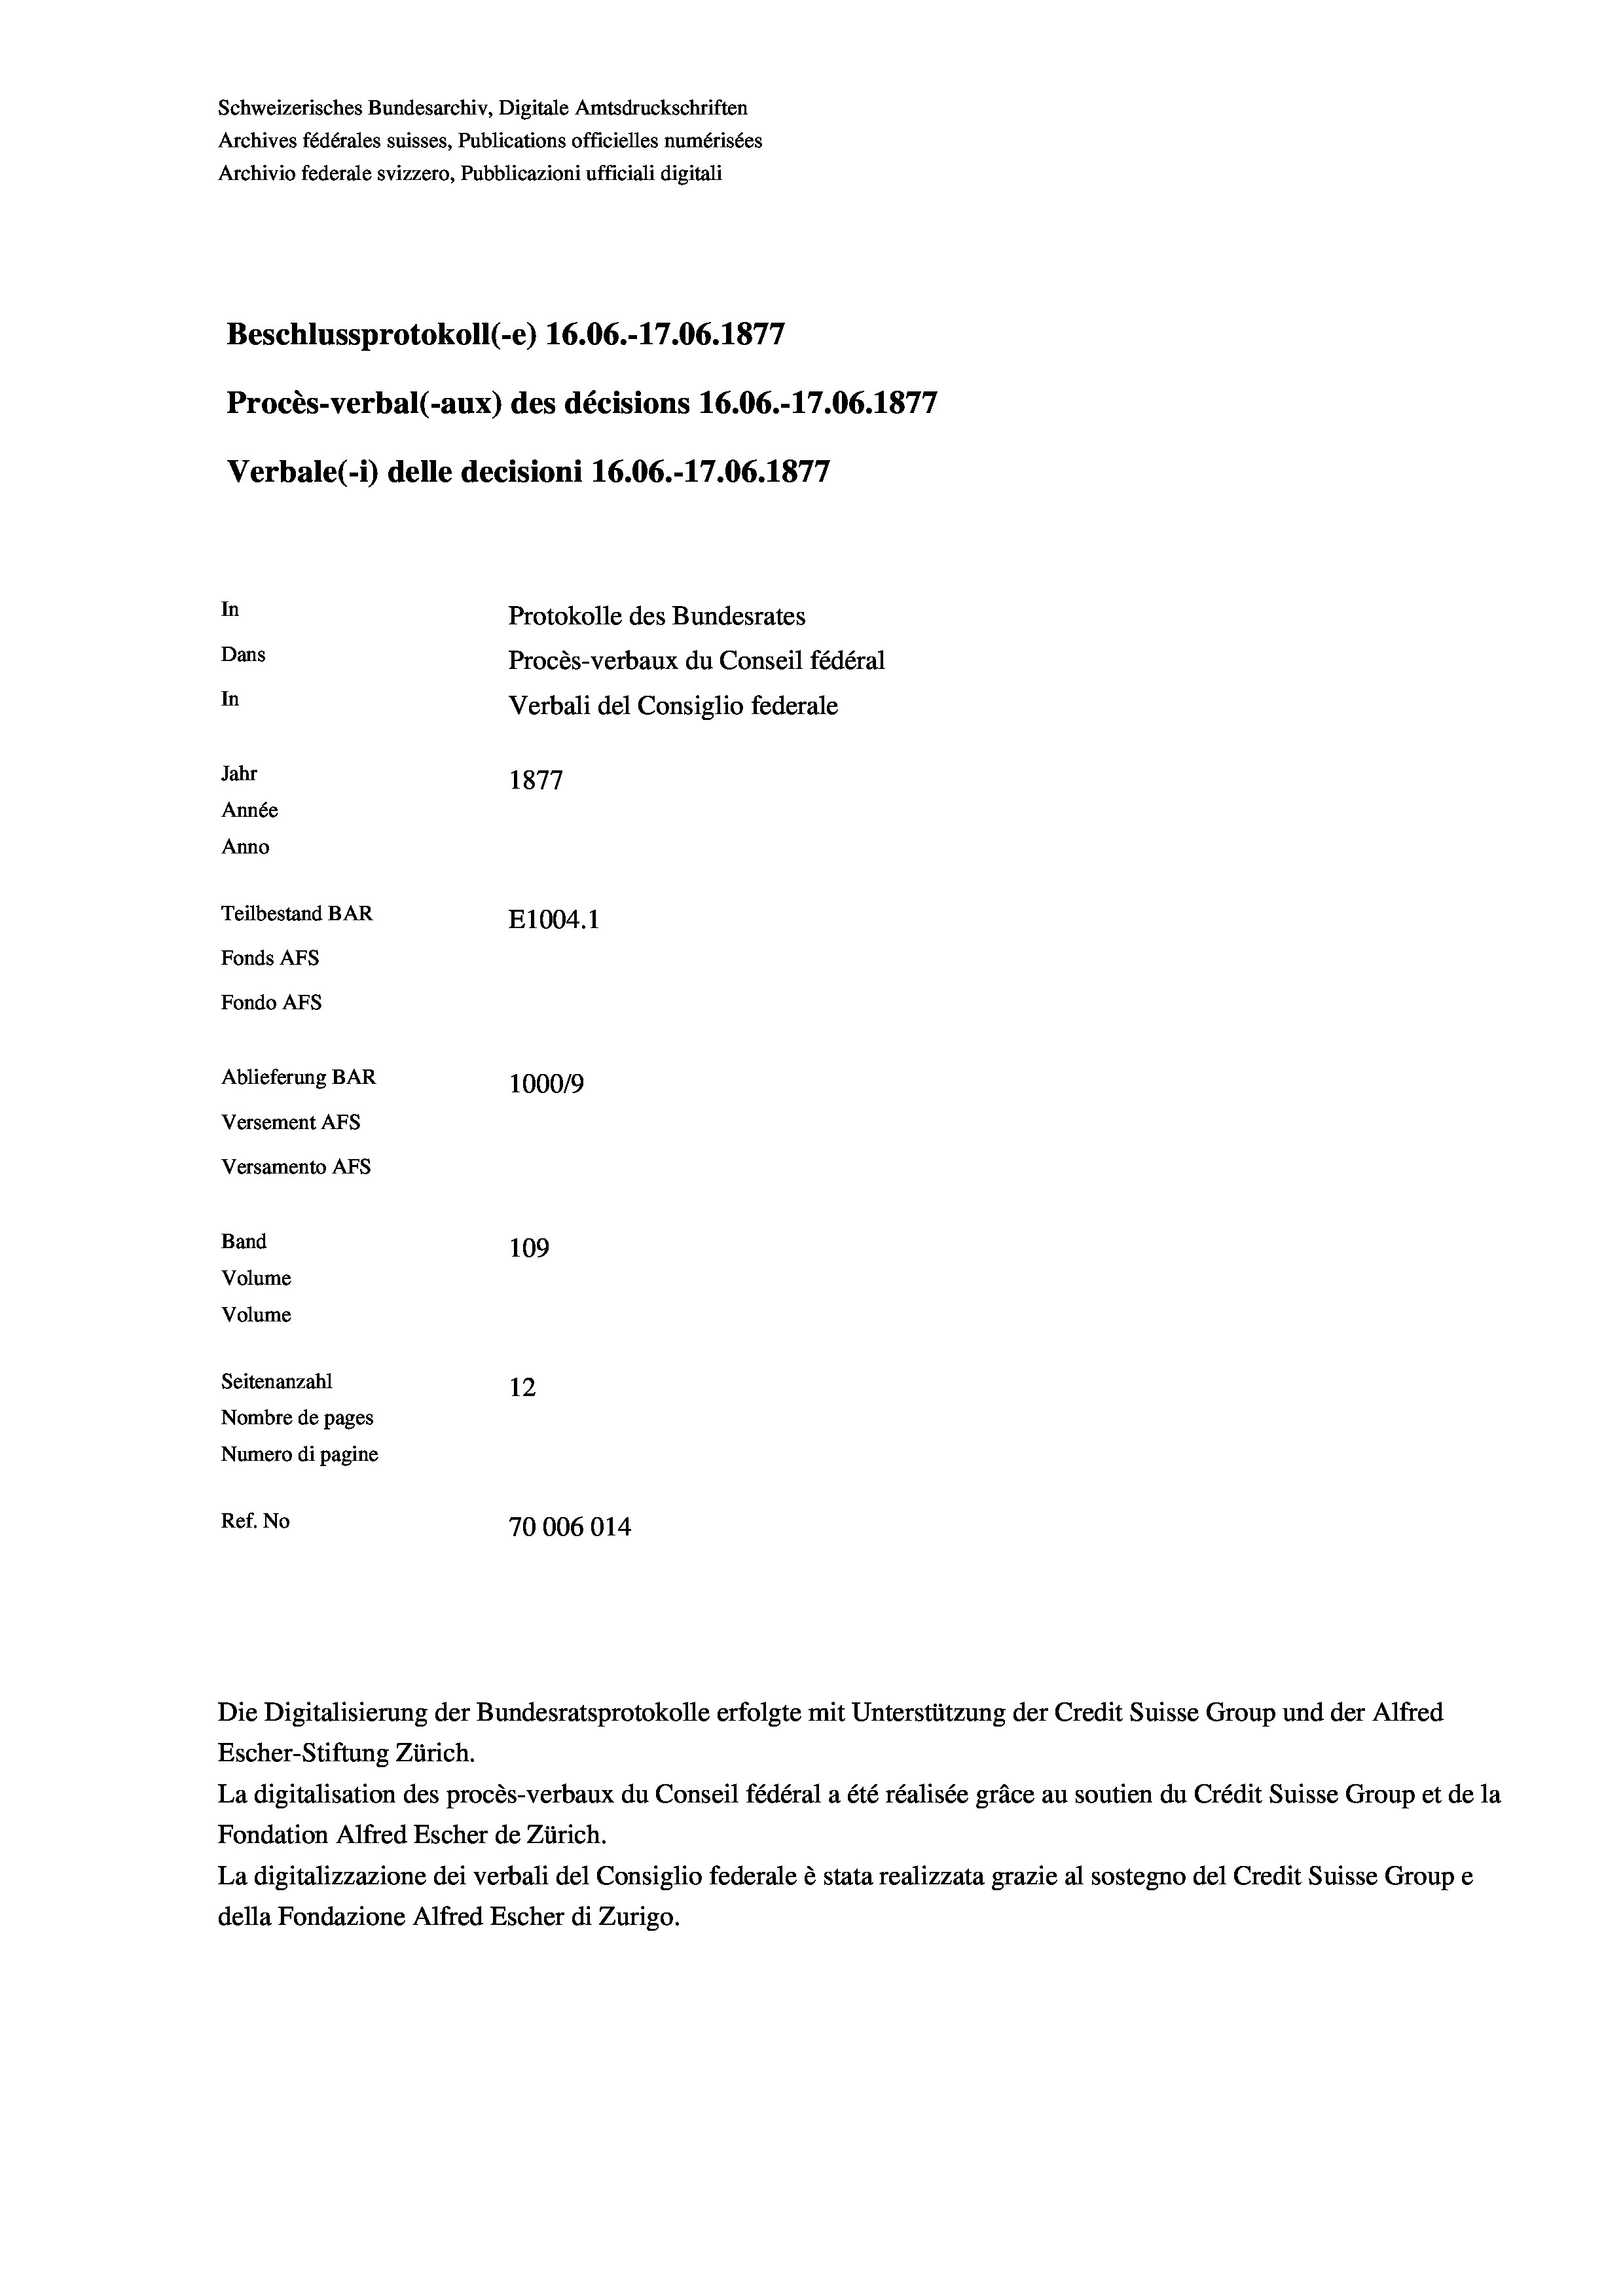
Schweizerisches Bundesarchiv, Digitale Amtsdruckschriften
Archives fédérales suisses, Publications officielles numérisées
Archivio federale svizzero, Pubblicazioni ufficiali digitali
Beschlussprotokoll (-e) 16.06.-17.06. 1877
Procès-verbal (-aux) des décisions 16.06.-17.06. 1877
Verbale (1) delle decisioni 16.06.-17.06. 1877
In
Protokolle des Bundesrates
Dans
Procès-verbaux du Conseil fédéral
In
Verbali del Consiglio federale
Jahr
1877
Année
Anno
Teilbestand BAR
E1004.1
Fonds AFs
Fondo Afs
Ablieferung BAR
100019
Versement AFs
Versamento Afs
Band
109
Volume
Volume

Seitenanzahl
12
Nombre de pages
Numero di pagine
Ref. No
70006014

Escher-Stiftung Zürich.
La digitalisation des procès-verbaux du Conseil fédéral a été réalisée gräce au soutien du Crédit Suisse Group et de la
Fondation Alfred Escher de Zürich.
La digitalizzazione dei verbali del Consiglio federale è stata realizzata grazie al sostegno del Credit Suisse Groupe
della Fondazione Alfred Escher di Zurigo.

Die Digitalisierung der Bundesratsprotokolle erfolgte mit Unterstützung der Credit Suisse Group und der Alfred